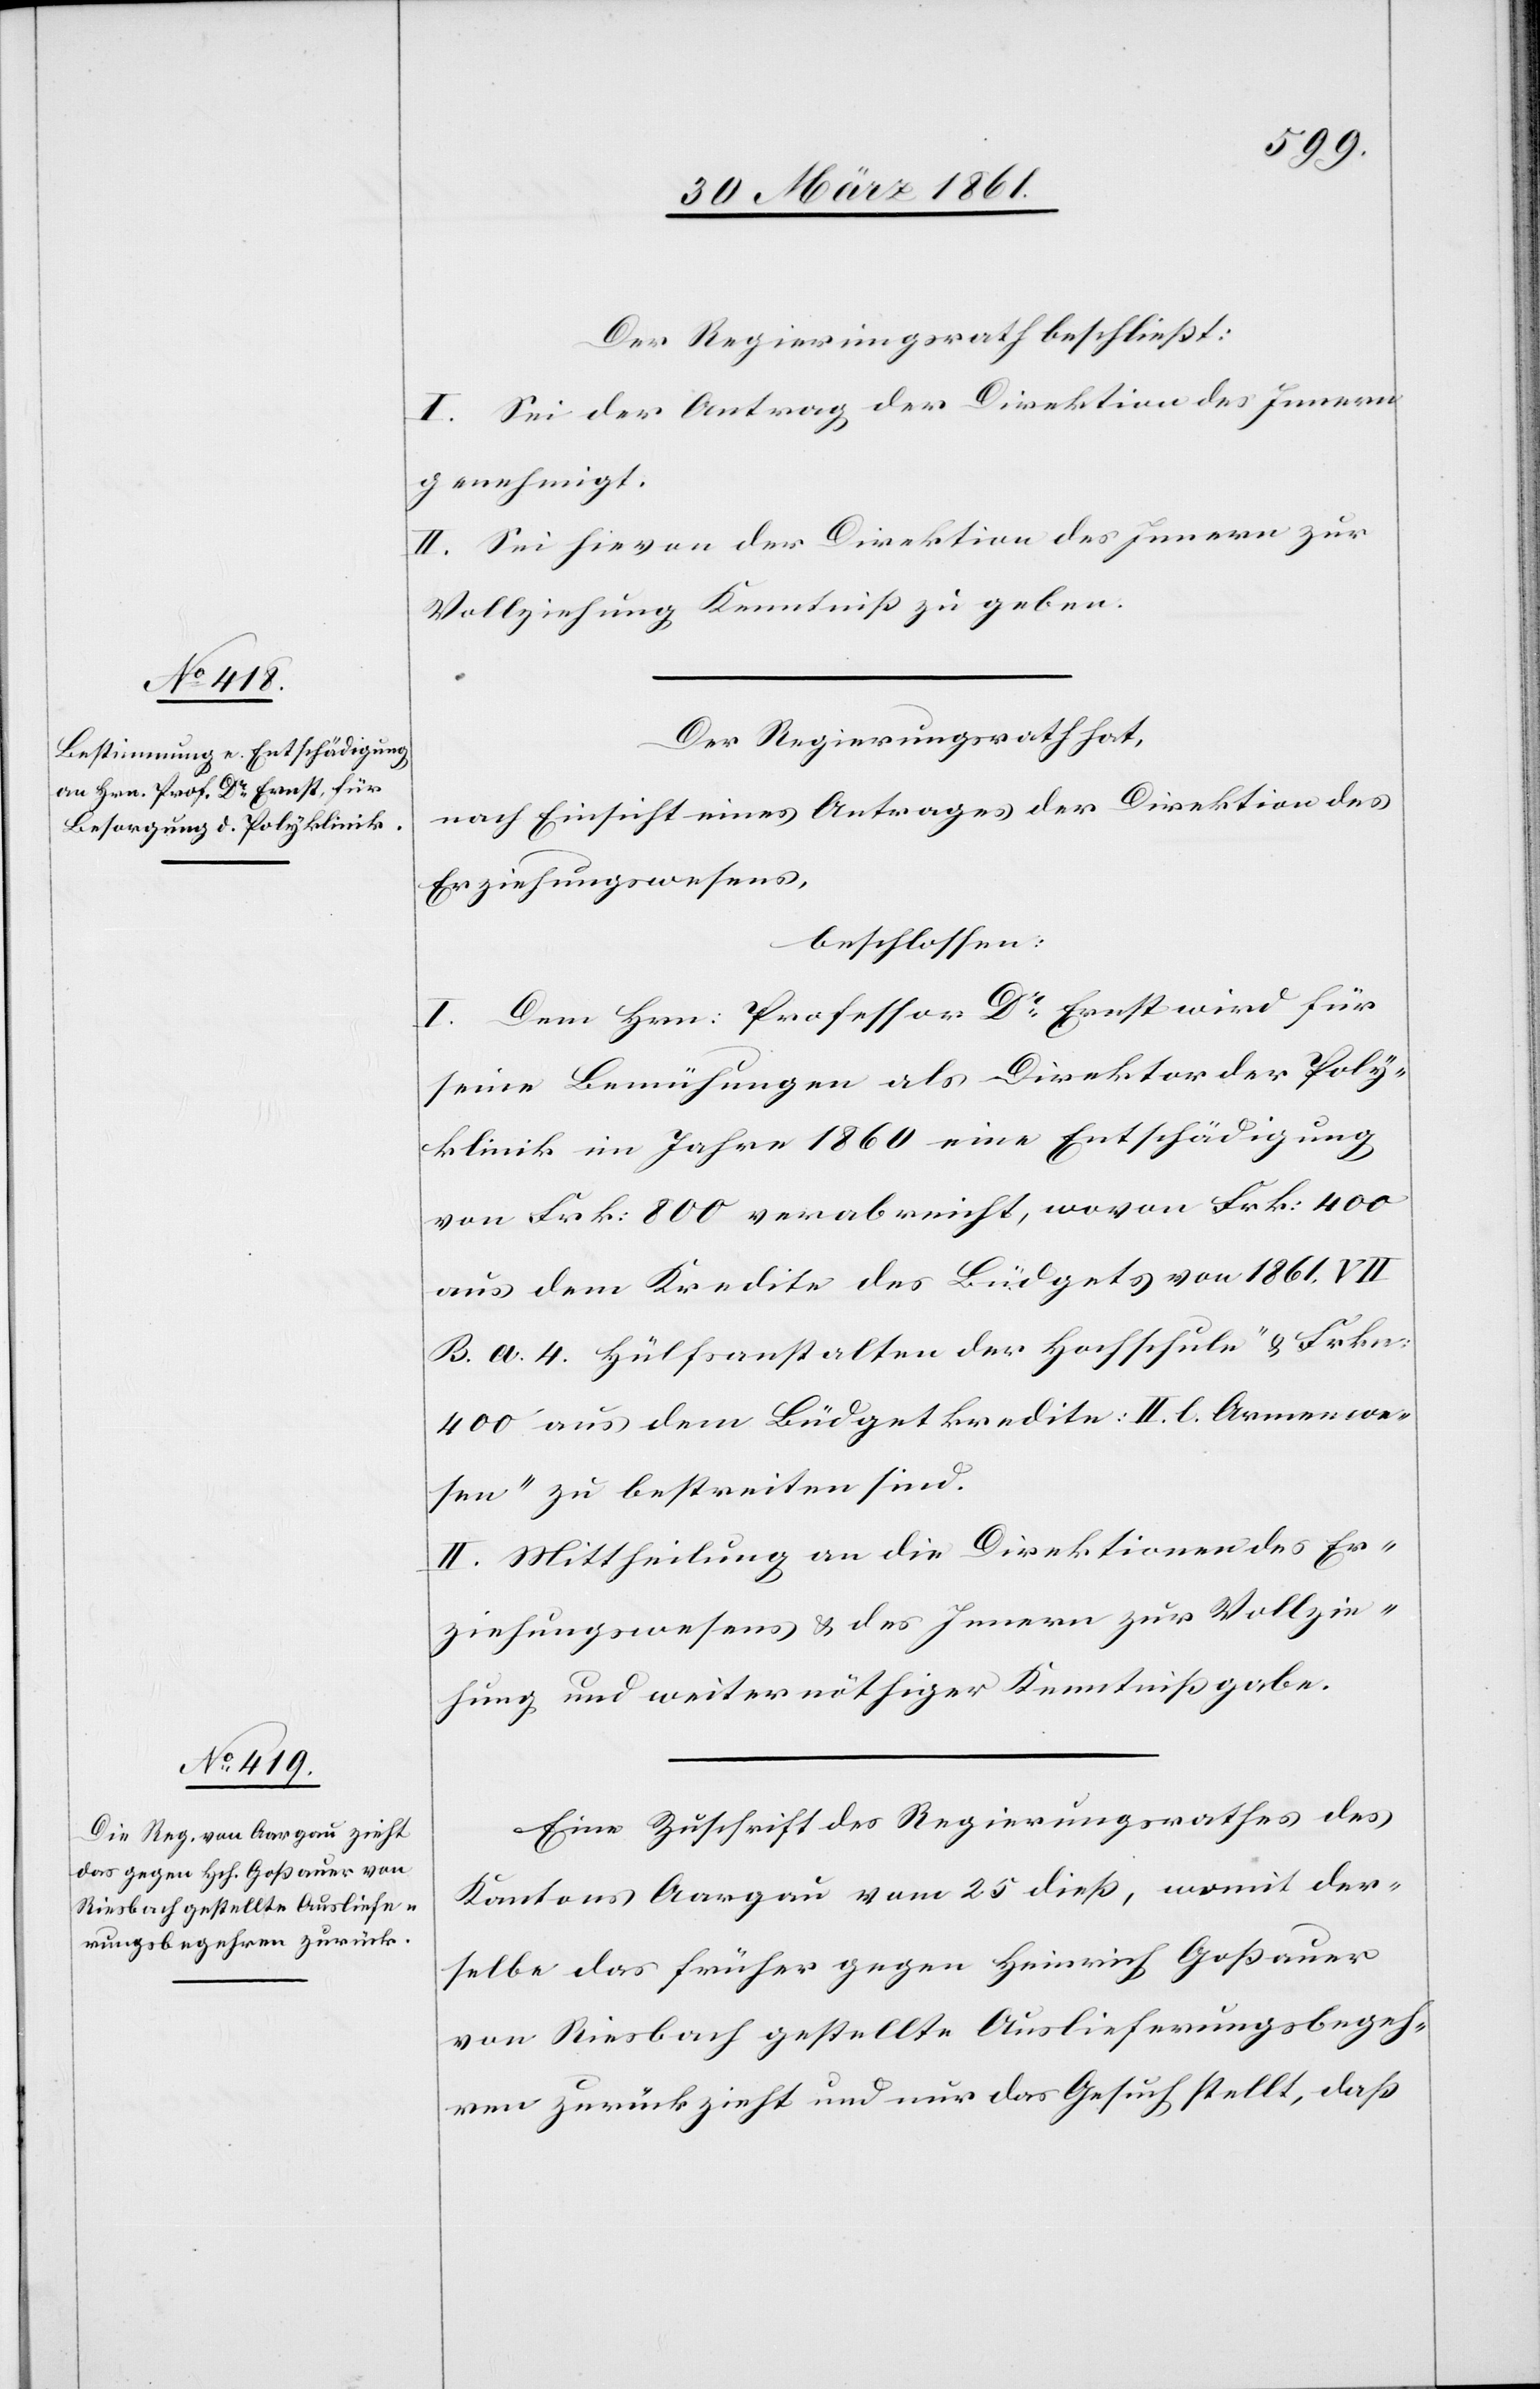
Der Regierungsrath beschließt:
I. Sei der Antrag der Direktion des Innern
genehmigt.
II. Sei hievon der Direktion des Innern zur
zu geben.
Vollziehung Kenntniß
Der Regierungsrath hat,
nach Einsicht eines Antrages der Direktion des
Erziehungswesens,
beschlossen:
I. Dem Hrn: Professor Dr. Ernst wird für
seine Bemühungen als Direktor der Poly¬
klinik im Jahre 1860 eine Entschädigung
von Frk: 800 verabreicht, wovon Frk: 400
aus dem Kredite des Büdgets von 1861 VII
B. a. 4. [„]Hülfsanstalten der Hochschule“ u. Frkn:
400 aus dem Büdgetkredite II. l. [„]Armenwe¬
sen“ zu bestreiten sind.
II. Mittheilung an die Direktionen des Er¬
ziehungswesens u. des Innern zur Vollzie¬
hung und weiter nöthiger Kenntnißgabe.
Eine Zuschrift des Regierungsrathes des
Kantons Aargau vom 25. dieß, womit der¬
selbe das früher gegen Heinrich Goßauer
von Riesbach gestellte Auslieferungsbegeh¬
ren zurückzieht und nur das Gesuch stellt, daß